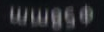
wwgs